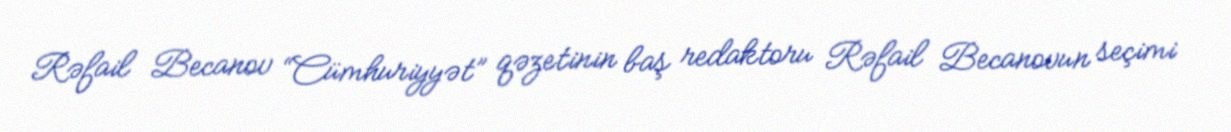
Rəfail Becanov “Cümhuriyyət” qəzetinin baş redaktoru Rəfail Becanovun seçimi